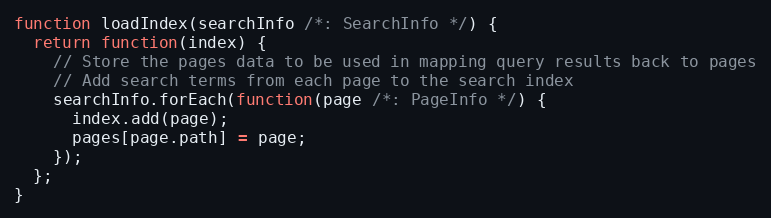
Language: JavaScript
function loadIndex(searchInfo /*: SearchInfo */) {
  return function(index) {
    // Store the pages data to be used in mapping query results back to pages
    // Add search terms from each page to the search index
    searchInfo.forEach(function(page /*: PageInfo */) {
      index.add(page);
      pages[page.path] = page;
    });
  };
}